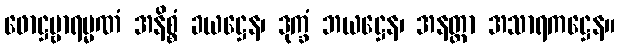
ဖောဋ္ဌဗ္ဗာရမ္မဏံ အနိစ္စံ ခယဋ္ဌေန၊ ဒုက္ခံ ဘယဋ္ဌေန၊ အနတ္တာ အသာရကဋ္ဌေန။